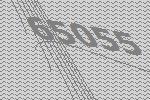
65055